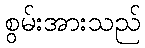
စွမ်းအားသည်